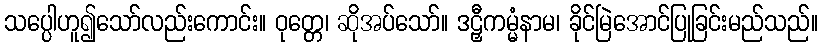
သပ္ပေါဟူ၍သော်လည်းကောင်း။ ဝုတ္တေ၊ ဆိုအပ်သော်။ ဒဠှီကမ္မံနာမ၊ ခိုင်မြဲအောင်ပြုခြင်းမည်သည်။